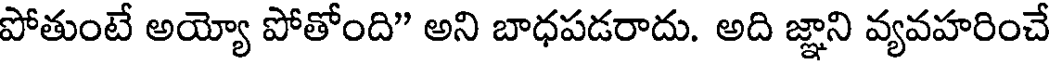
పోతుంటే అయ్యో పోతోంది" అని బాధపడరాదు. అది జ్ఞాని వ్యవహరించే